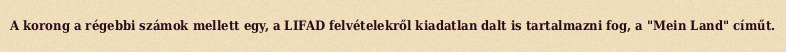
A korong a régebbi számok mellett egy, a LIFAD felvételekről kiadatlan dalt is tartalmazni fog, a "Mein Land" címűt.